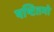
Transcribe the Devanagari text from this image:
षष्टितमो